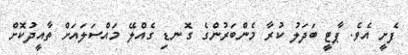
ފެށީ އެވެ. ޕާޓީ ބަދަލު ކުރާ މެންބަރުންގެ ގޮނޑި ގެއްލޭ މައްސަލައަށް ތާއީދުކޮށް